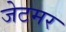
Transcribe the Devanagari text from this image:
जेटमर